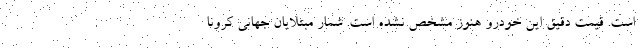
است. قیمت دقیق این خودرو هنوز مشخص نشده است. شمار مبتلایان جهانی کرونا